Civil Veterinary Dept. North-West Frontier Province 1923-32 - 1923-1932
Year: 1923
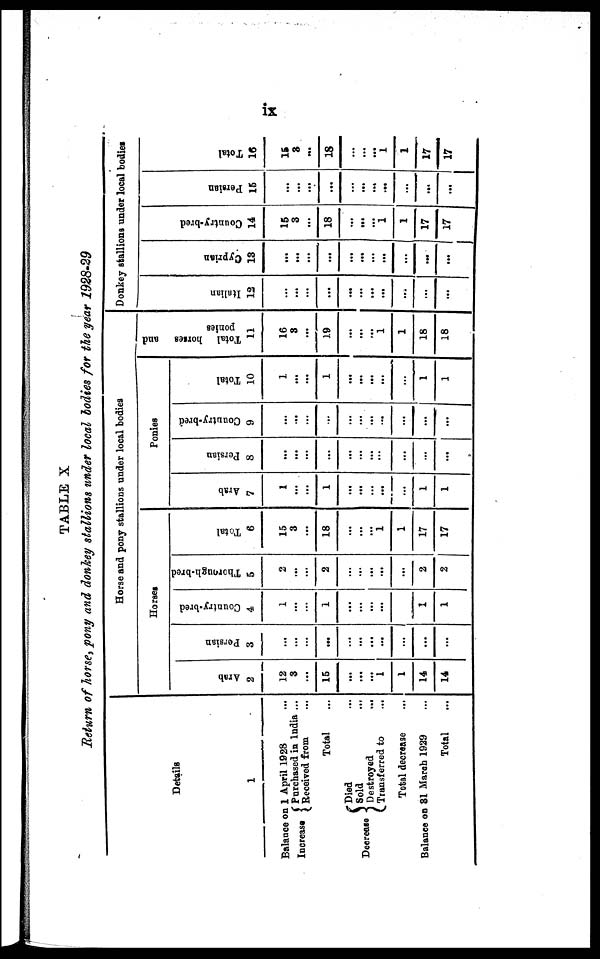
ix
TABLE X
Return of horse, pony and donkey stallions under local bodies for the year 1928-29
Details
1
Balance on 1 April 1928 ...
Increase
Purchased in India ...
Received from ...
Total …
Decrease
Died ...
Sold ...
Destroyed …
Transferred to
...
Total decrease …
Balance on 31 March 1929 ...
Total ...
Horse and pony stallions under local bodies
Horses
Arab
2
12
3
...
15
...
...
...
1
1
14
14
Persian
3
…
...
...
....
...
…
...
...
...
...
...
Country-bred
4
1
...
…
1
...
…
...
...
…
1
1
Thorough-bred
5
2
...
...
2
...
…
...
...
...
2
2
Total
6
15
3
...
18
...
…
...
1
1
17
17
Ponies
Arab
7
1
...
...
1
...
…
...
...
...
1
1
Persian
8
…
...
...
...
...
…
...
...
...
...
...
Country-bred
9
…
...
...
...
...
…
...
...
...
...
...
Total
10
1
...
...
1
...
…
...
...
...
1
1
Total horses and
ponies
11
16
3
...
19
...
…
...
1
1
18
18
Donkey stallions under local bodies
I t al i an
12
…
...
...
...
...
…
...
...
...
...
...
Cypr i
an
13
...
…
...
...
...
…
...
...
...
…
…
Countr y- br e d
14
15
3
...
18
...
…
...
1
1
17
17
Per s i
an
15
…
…
...
...
...
…
...
...
...
...
...
Total
16
15
3
…
18
...
…
...
1
1
17
17